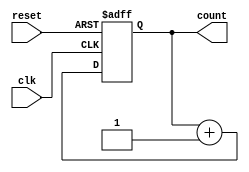
module counter(reset, clk, count) ;
input reset, clk;

parameter N=7;

output reg [0:N] count;




always @(negedge clk or negedge reset)

  begin
     if (!reset)

      count<=0;

      else

      count<=count+1;

  end
 
endmodule







module testbench2;

reg clk,rst;
parameter N=7;
wire [7:0] count;

counter c1 (rst,clk,count);

initial clk=0;

always #1 clk=~clk;

initial 

begin
  
   rst=0;

   #4 rst =1;

   #20 rst =0;

   #30 rst =1;

   #10 $finish;

end



initial 

    begin 
     
     $monitor ($time , "count=%d",count);

     $dumpfile ("test_counter.vcd");
     $dumpvars (0,testbench2);

    end

    endmodule 



// another way of writing testbench..

module testbench;

reg clk,rst;
parameter N=7;
wire [7:0] count;

counter c1 (rst,clk,count);

initial 
  begin
    
    rst=0;
    clk=0;

    #5 rst =1;
  end

  always #5 clk=~clk;

  initial 

    begin 
     
     $monitor ($time , "count=%d",count);

     $dumpfile ("test_counter.vcd");
     $dumpvars (0,testbench);

     #100 $finish;

    end

    endmodule